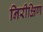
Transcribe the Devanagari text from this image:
निरीक्षिण